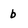
Character: 6